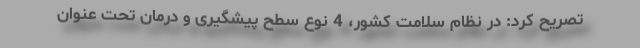
تصریح کرد: در نظام سلامت کشور، 4 نوع سطح پیشگیری و درمان تحت عنوان